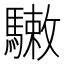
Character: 𩥹